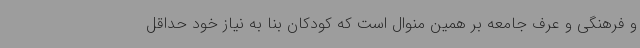
و فرهنگی و عرف جامعه بر همین منوال است که کودکان بنا به نیاز خود حداقل